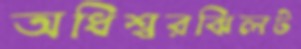
অধিশ্বরঝিলট